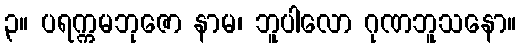
၃။ ပရက္ကမဘုဇော နာမ၊ ဘူပါလော ဂုဏဘူသနော။